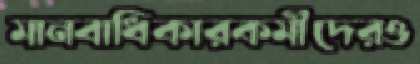
মানবাধিকারকর্মীদেরও